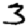
Digit: 3